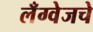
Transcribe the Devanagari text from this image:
लँग्वेजचे